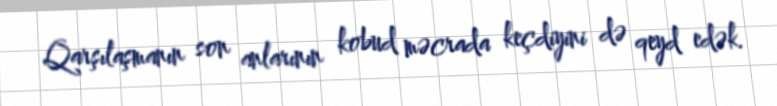
Qarşılaşmanın son anlarının kobud məcrada keçdiyini də qeyd edək.